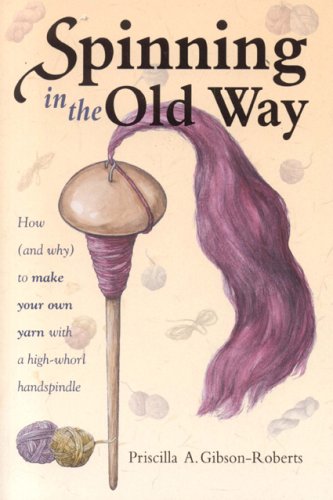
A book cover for Spinning in the Old Way: How (and Why) To Make Your Own Yarn With A High-Whorl Handspindle; Priscilla A. Gibson-Roberts; Crafts, Hobbies & Home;